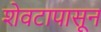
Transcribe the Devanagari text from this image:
शेवटापासून